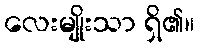
လေးမျိုးသာ ရှိ၏။